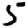
Digit: 5